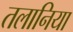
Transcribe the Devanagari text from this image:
तलानिया